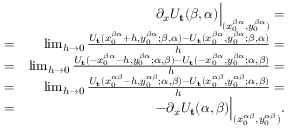
\begin{array} { r l r } & { } & { \partial _ { x } U _ { \mathbf { t } } ( \beta , \alpha ) \Bigr | _ { ( x _ { 0 } ^ { \beta \alpha } , y _ { 0 } ^ { \beta \alpha } ) } = } \\ & { = } & { \operatorname* { l i m } _ { h \rightarrow 0 } \frac { U _ { \mathbf { t } } ( x _ { 0 } ^ { \beta \alpha } + h , y _ { 0 } ^ { \beta \alpha } ; \beta , \alpha ) - U _ { \mathbf { t } } ( x _ { 0 } ^ { \beta \alpha } , y _ { 0 } ^ { \beta \alpha } ; \beta , \alpha ) } { h } = } \\ & { = } & { \operatorname* { l i m } _ { h \rightarrow 0 } \frac { U _ { \mathbf { t } } ( - x _ { 0 } ^ { \beta \alpha } - h , y _ { 0 } ^ { \beta \alpha } ; \alpha , \beta ) - U _ { \mathbf { t } } ( - x _ { 0 } ^ { \beta \alpha } , y _ { 0 } ^ { \beta \alpha } ; \alpha , \beta ) } { h } = } \\ & { = } & { \operatorname* { l i m } _ { h \rightarrow 0 } \frac { U _ { \mathbf { t } } ( x _ { 0 } ^ { \alpha \beta } - h , y _ { 0 } ^ { \alpha \beta } ; \alpha , \beta ) - U _ { \mathbf { t } } ( x _ { 0 } ^ { \alpha \beta } , y _ { 0 } ^ { \alpha \beta } ; \alpha , \beta ) } { h } = } \\ & { = } & { - \partial _ { x } U _ { \mathbf { t } } ( \alpha , \beta ) \Bigr | _ { ( x _ { 0 } ^ { \alpha \beta } , y _ { 0 } ^ { \alpha \beta } ) } . } \end{array}